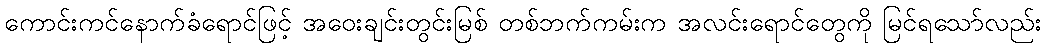
ကောင်းကင်နောက်ခံရောင်ဖြင့် အဝေးချင်းတွင်းမြစ် တစ်ဘက်ကမ်းက အလင်းရောင်တွေကို မြင်ရသော်လည်း